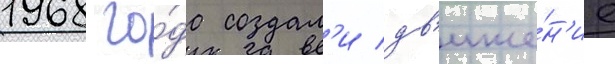
1968 го́да создал'и дв'иже́н'ие